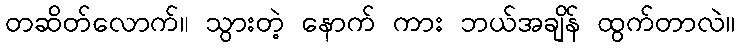
တဆိတ်လောက်။ သွားတဲ့ နောက် ကား ဘယ်အချိန် ထွက်တာလဲ။